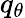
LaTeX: q_{\theta}